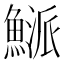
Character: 𩹘